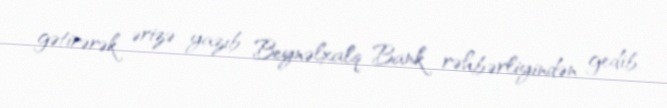
gətirərək ərizə yazıb Beynəlxalq Bank rəhbərliyindən gedib.